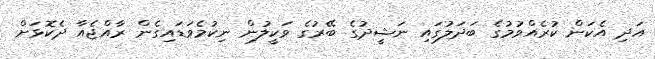
އަދި އެކަން ކުރެއްވުމުގެ ބަދަލުގައި ނަޝީދުގެ ބޭރުގެ ވަކީލުން ނިކުމެވަޑައިގެން ރާއްޖެއާ ދެކޮޅަށް